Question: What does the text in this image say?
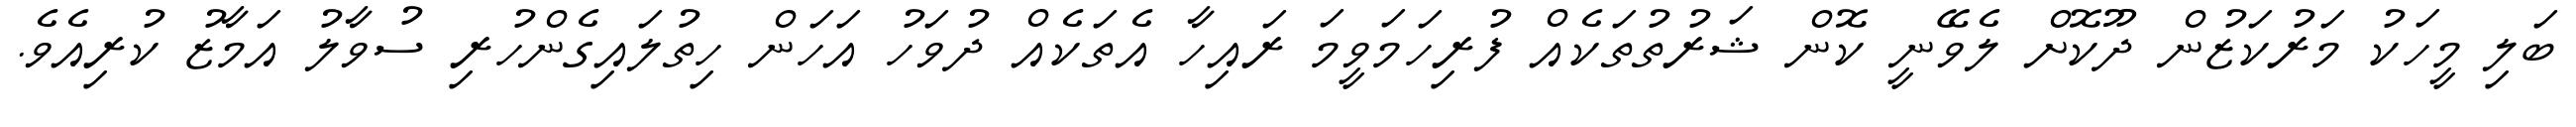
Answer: ބަލި މީހަކު މަރުކަޒުން ދޫކޮށް ލެވޭނީ ކޮން ޝަރުތުތަކެއް ފުރިހަމަވީމަ ރައިހާ އެތަކެއް ދުވަހު އަހަން ހިތުލައިގެންހުރި ސުވާލު އަމާޒު ކުރިއެވެ.